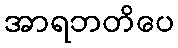
အာရဘတိပေ